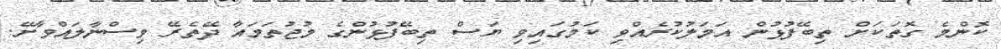
ކޮންމެ ގޮތަކަށް ތިބޭފުޅުން އަމަލުކުރެއްވި ކަމުގައިވި ޔަސް ތިބޭފުޅުންގެ މުޖުތަމައާ ދޭތެރޭ ވިސްނާލައްވާށޭ.